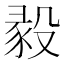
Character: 𣪣